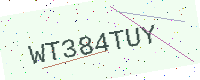
Text: WT384TUY